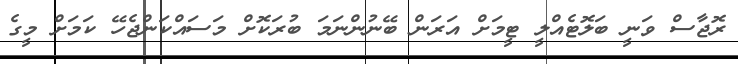
ރޮޖާސް ވަނީ ބަލޮޓެއްލީ ޓީމަށް އަރަން ބޭނުންނަމަ ބުރަކޮށް މަސައްކަންޖެހޭ ކަމަށް މީގެ